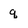
Character: q